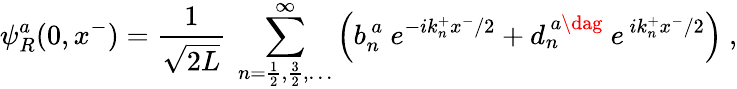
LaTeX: \psi_{R}^{a}(0,x^{-})=\frac{1}{\sqrt{2L}}~\sum_{n=\frac{1}{2},\frac{3}{2},\dots}^{\infty}\left(b_{n}^{\, a}~e^{-ik_{n}^{+}x^{-}/2}+d_{n}^{\, a\dag}~e^{\, ik_{n}^{+}x^{-}/2}\right)~,